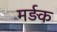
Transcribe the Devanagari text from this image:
मर्ड़क